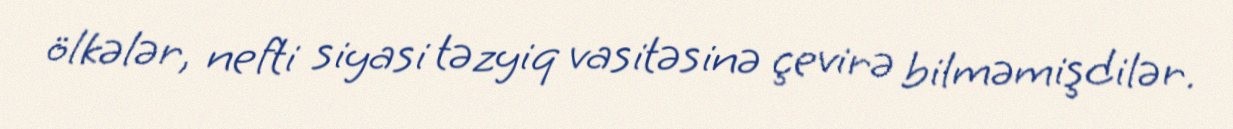
ölkələr, nefti siyasi təzyiq vasitəsinə çevirə bilməmişdilər.